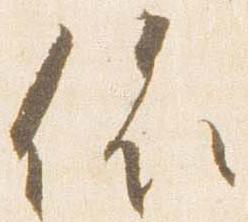
依